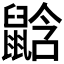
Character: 𪕛